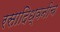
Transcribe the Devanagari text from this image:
रसादिध्वनीच